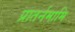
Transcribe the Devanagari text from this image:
प्रातर्नमामि